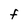
Character: F